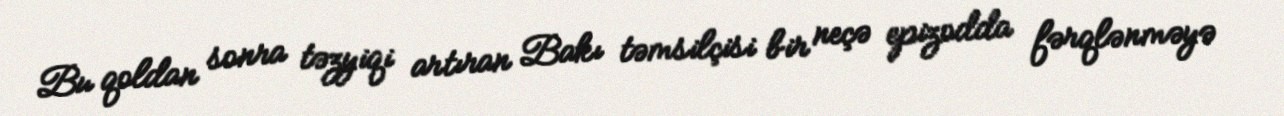
Bu qoldan sonra təzyiqi artıran Bakı təmsilçisi bir neçə epizodda fərqlənməyə